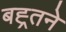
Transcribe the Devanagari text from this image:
बह्र्तने